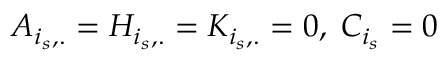
A _ { i _ { s } , . } = H _ { i _ { s } , . } = K _ { i _ { s } , . } = 0 , \; C _ { i _ { s } } = 0